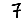
Digit: 7